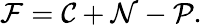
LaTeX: \mathcal{F}=\mathcal{C}+\mathcal{N}-\mathcal{P}.